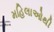
મહિલાઓથી